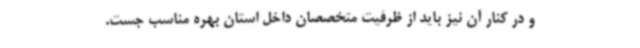
و در کنار آن نیز باید از ظرفیت متخصصان داخل استان ‌بهره مناسب جست.